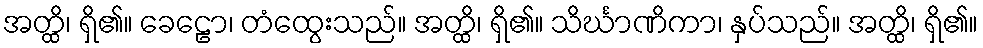
အတ္ထိ၊ ရှိ၏။ ခေဠော၊ တံထွေးသည်။ အတ္ထိ၊ ရှိ၏။ သိင်္ဃာဏိကာ၊ နှပ်သည်။ အတ္ထိ၊ ရှိ၏။